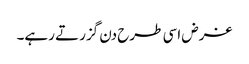
غرض اسی طرح دن گزرتے رہے۔